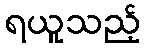
ရယူသည့်